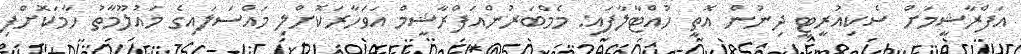
އަފްރާޝީމަށް ސެކިއުރީޓީ ދިނުން އޮތީ ހުއްޓާލާފައި: މެމްބަރުންއަފްރާޝީމް އަވަހާރަކޮށްލި މައްސަލައިގެ މައުލޫމާތު ހާމަކޮށްފި